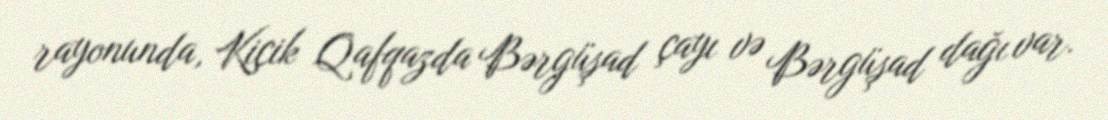
rayonunda, Kiçik Qafqazda Bərgüşad çayı və Bərgüşad dağı var.